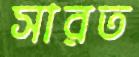
সারত